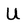
Character: U